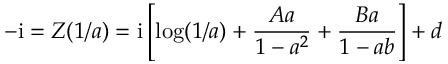
- \mathrm { i } = Z ( 1 / a ) = \mathrm { i } \left[ \log ( 1 / a ) + { \frac { A a } { 1 - a ^ { 2 } } } + { \frac { B a } { 1 - a b } } \right] + d